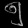
Digit: ၅